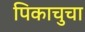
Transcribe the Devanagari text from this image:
पिकाचुचा